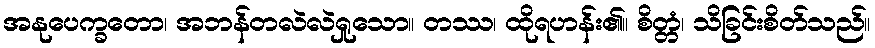
အနုပေက္ခတော၊ အဘန်တလဲလဲရှုသော။ တဿ၊ ထိုရဟန်း၏။ စိတ္တံ၊ သိခြင်းစိတ်သည်။